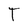
Character: T